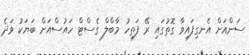
ސަންއަށް އެނގިފައިވާ ގޮތުގައި ރޭ ފަތިހު މާބްލް ގެސްޓް ހައުސްއަށް ބަޔަކު ވަދެ